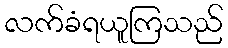
လက်ခံရယူကြသည်